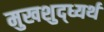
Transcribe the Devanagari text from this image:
मुखशुद्ध्यर्थ